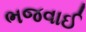
ભજવાઈ